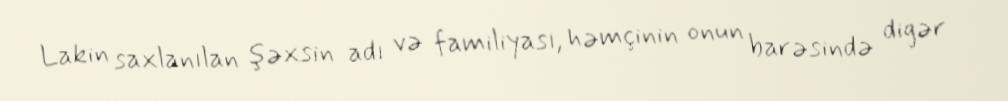
Lakin saxlanılan şəxsin adı və familiyası, həmçinin onun barəsində digər